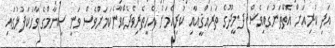
އަދި ކުރިއަށް އޮތްތަނުގައިވެސް ދ.މީދޫގެ ތަރައްޤީއާއި ކުރިއެމަށް އެހީތެރިވެދެއްވާނެކަމަށްވެސް ވަނީ ސިޔާމްގެ ވާހަކަފުޅުގައި